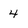
Character: 4